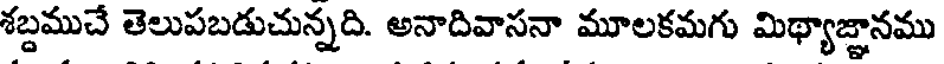
శబ్దముచే తెలుపబడుచున్నది. అనాదివాసనా మూలకమగు మిథ్యాజ్ఞానము